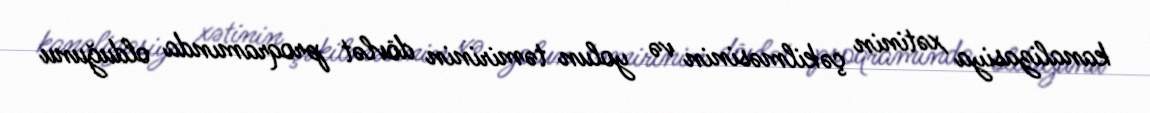
kanalizasiya xətinin çəkilməsinin və yolun təmirinin dövlət proqramında olduğunu